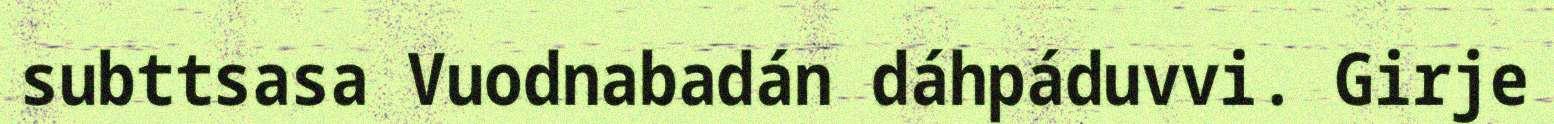
subttsasa Vuodnabadán dáhpáduvvi. Girje